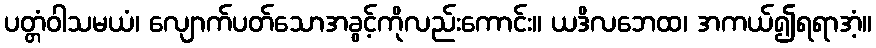
ပတ္တံဝါသမယံ၊ လျောက်ပတ်သောအခွင့်ကိုလည်းကောင်း။ ယဒိလဘေထ၊ အကယ်၍ရရာအံ့။